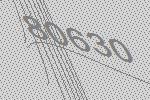
80630